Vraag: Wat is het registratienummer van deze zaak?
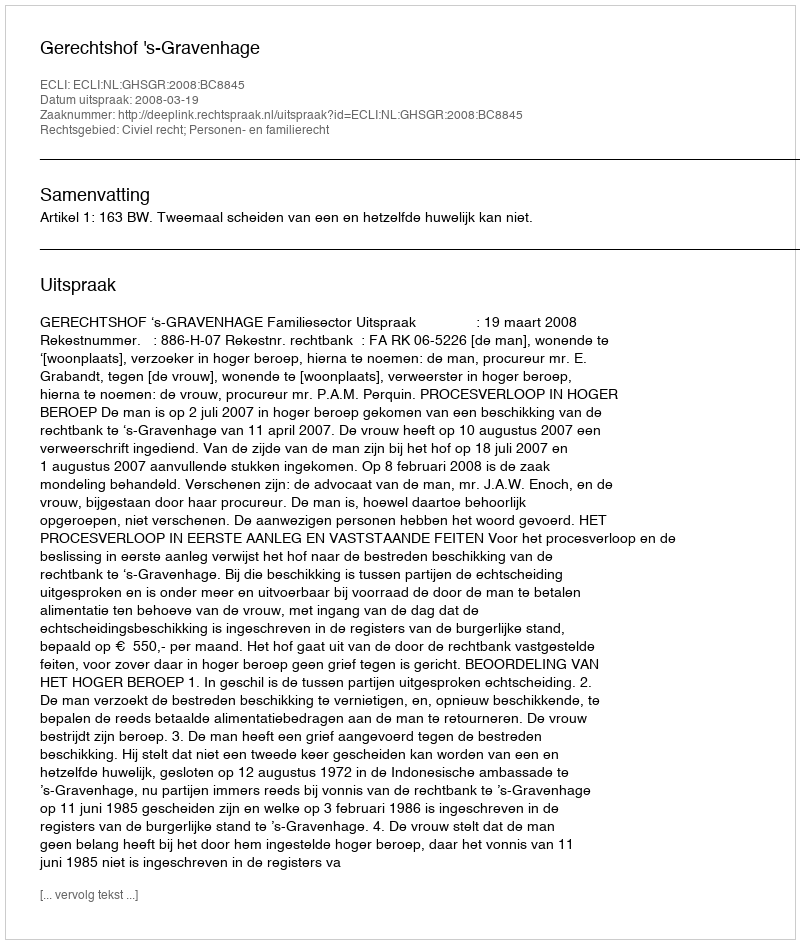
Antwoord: http://deeplink.rechtspraak.nl/uitspraak?id=ECLI:NL:GHSGR:2008:BC8845